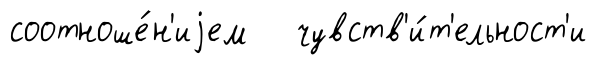
соотноше́н'иjем чувств'и́т'ельност'и